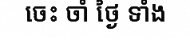
ចេះ ចាំ ថ្ងៃ ទាំង